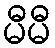
မီမီ